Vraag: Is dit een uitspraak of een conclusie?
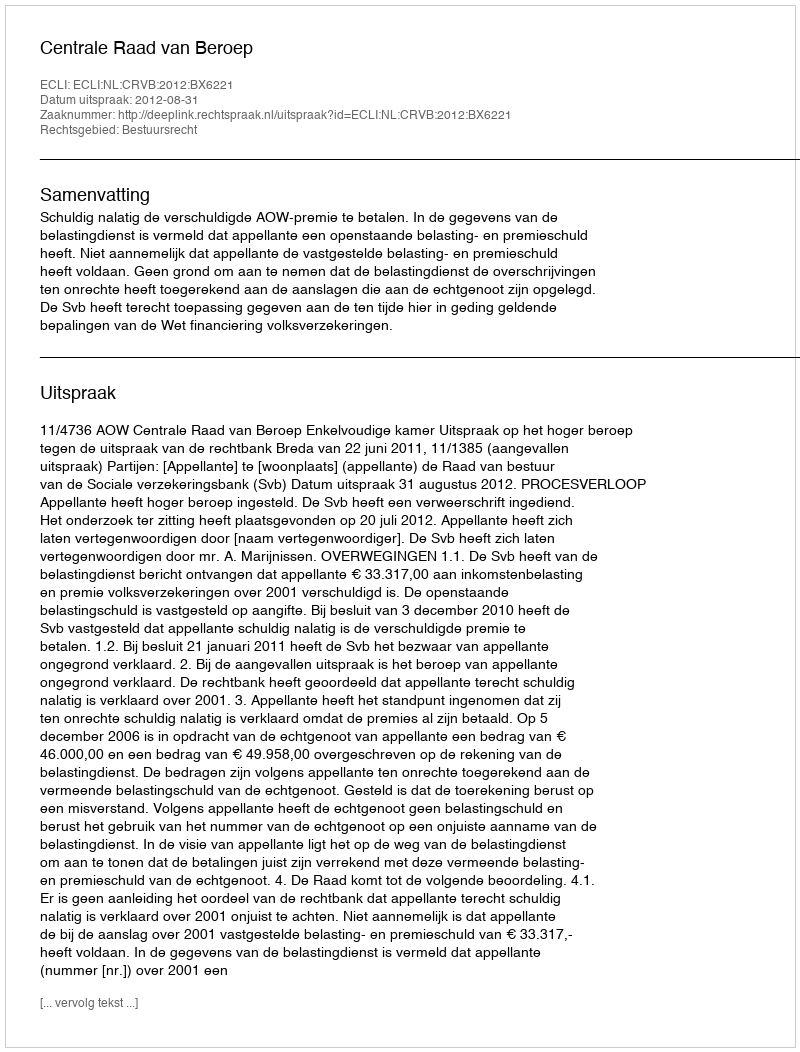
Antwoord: Uitspraak